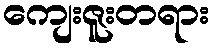
ကျေးဇူးတရား